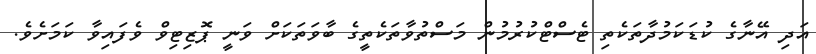
އަދި އޭނާގެ ކުޑަކަމުދާތަކެތި ޓެސްޓްކުރުމުން މަސްތުވާތަކެތީގެ ބާވަތަކަށް ވަނީ ޕޮޒިޓިވް ވެފައިވާ ކަމަށެވެ.